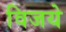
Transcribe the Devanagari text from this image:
विजये